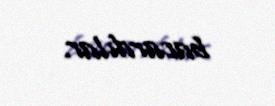
bacardılar.